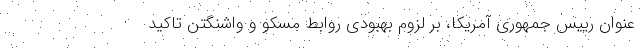
عنوان رییس جمهوری آمریکا، بر لزوم بهبودی روابط مسکو و واشنگتن تاکید